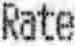
RATE